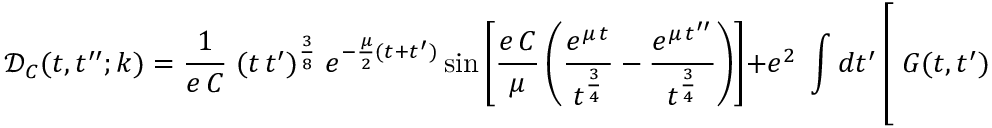
\mathcal { D } _ { C } ( t , t ^ { \prime \prime } ; k ) = \frac { 1 } { e \, C } \; ( t \, t ^ { \prime } ) ^ { \frac 3 8 } \; e ^ { - \frac { \mu } { 2 } ( t + t ^ { \prime } ) } \sin \left[ \frac { e \, C } { \mu } \left( \frac { e ^ { \mu \, t } } { t ^ { \frac 3 4 } } - \frac { e ^ { \mu \, t ^ { \prime \prime } } } { t ^ { \frac 3 4 } } \right) \right] + e ^ { 2 } \; \int d t ^ { \prime } \left[ \; G ( t , t ^ { \prime } ) \; \frac { e ^ { t ^ { \prime } ( 2 \, \mu - \frac { k ^ { 2 } } { 4 \mu } ) } } { t ^ { \frac 5 2 } } \; L ( t ^ { \prime } , t ^ { \prime \prime } ) - ( t \leftrightarrow t ^ { \prime \prime } ) \right]